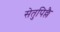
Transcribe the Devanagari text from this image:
सेतुपिल्लै